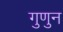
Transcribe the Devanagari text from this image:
गुणुन